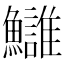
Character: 𩽀